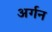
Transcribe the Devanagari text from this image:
अर्गन